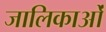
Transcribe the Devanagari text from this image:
जालिकाओं